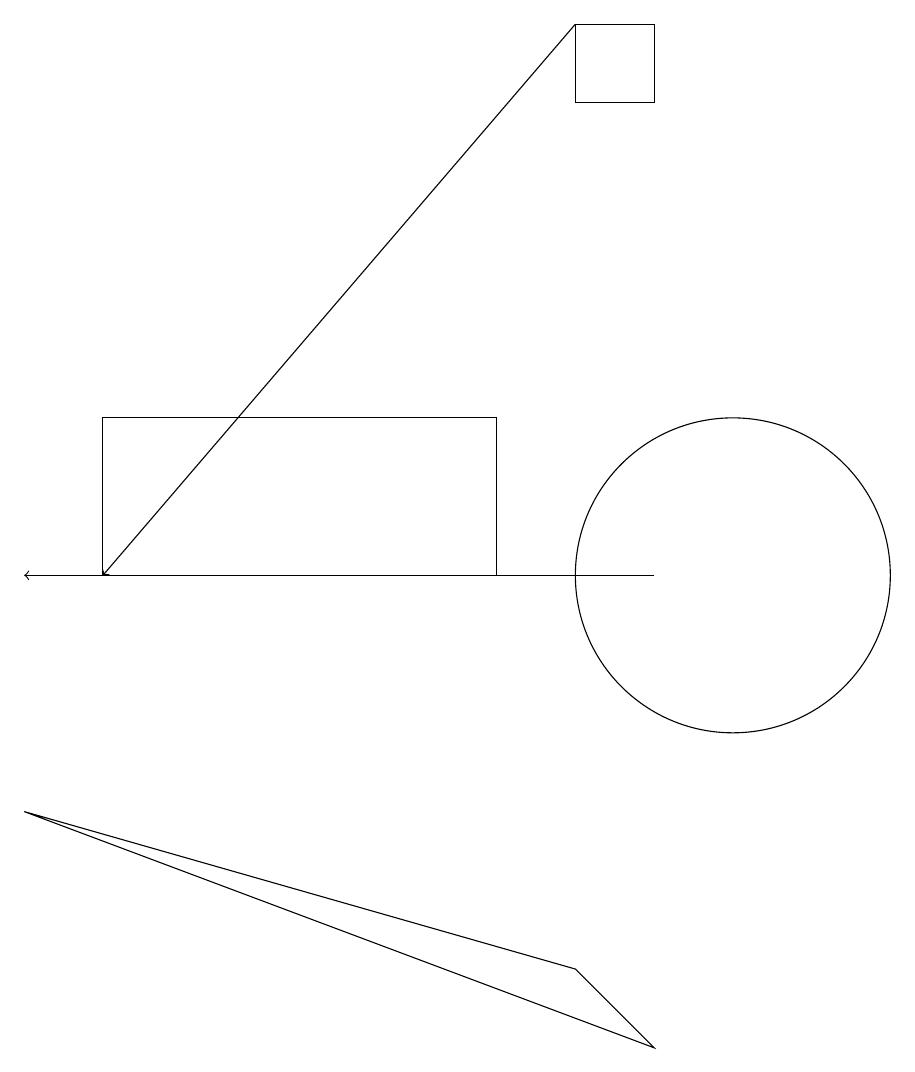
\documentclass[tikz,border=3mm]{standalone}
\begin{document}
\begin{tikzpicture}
\draw[->] (8,19) -- (2,12);
\draw (10,12) circle (2);
\draw (8,19) rectangle (9,18);
\draw (1,9) -- (8,7) -- (9,6) -- cycle;
\draw[->] (9,12) -- (1,12);
\draw (7,12) rectangle (2,14);
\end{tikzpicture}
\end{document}